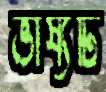
ভাষ্যটি